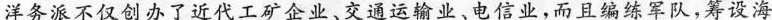
洋务派不仅创办了近代工矿企业、交通运输业、电信业，而且编练军队，筹设海